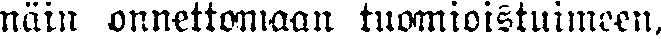
näin onnettomaan tuomioistuimeen,